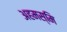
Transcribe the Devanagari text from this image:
अहमस्मि